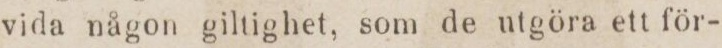
vida någon giltighet, som de utgöra ett för-